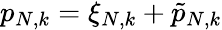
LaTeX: p_{N,k}=\xi_{N,k}+\tilde{p}_{N,k}